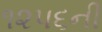
૧૨૫૬ની